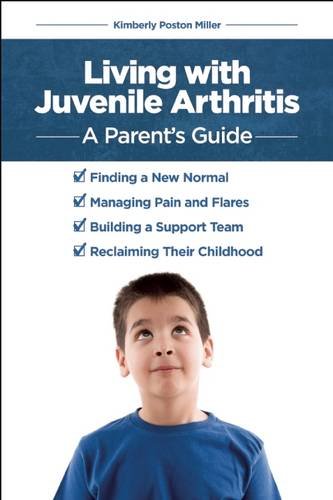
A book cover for Living with Juvenile Arthritis: A Parent's Guide; Kimberly Poston Miller; Health, Fitness & Dieting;